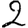
Digit: 2